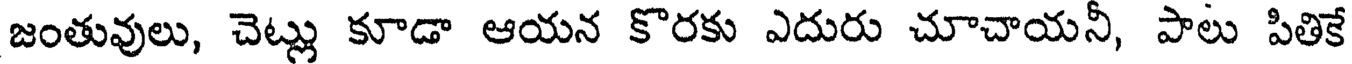
జంతువులు, చెట్లు కూడా ఆయన కొరకు ఎదురు చూచాయనీ, పాలు పితికే